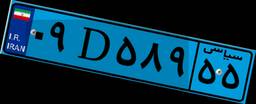
۶۶D۳۲۷۸۳